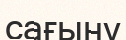
сағыну